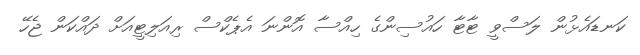
ކަނޑައެޅުން ލަސްވީ ޓާޓާ ހައުސިންގެ ހިއްސާ އޮންނަ އެޕެކްސް ރިއަލިޓީއަށް ދައްކަން ޖެހޭ